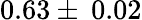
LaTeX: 0.63\pm\: 0.02